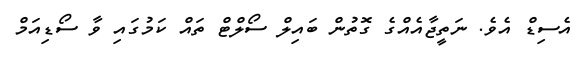
އެސިޑް އެވެ. ނަތީޖާއެއްގެ ގޮތުން ބައިލް ސޯލްޓް ތައް ކަމުގައި ވާ ސޯޑިއަމް